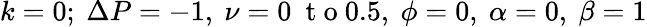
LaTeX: k=0;~\Delta P=-1,~\nu=0~\mathrm{~t~o~}0.5,~\phi=0,~\alpha=0,~\beta=1